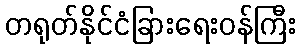
တရုတ်နိုင်ငံခြားရေးဝန်ကြီး